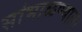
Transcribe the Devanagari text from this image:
सांभाळण्याला